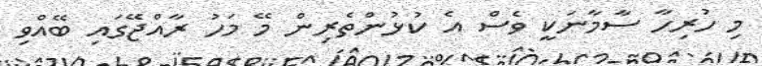
މި ހުރިހާ ސާމާނަކީ ވެސް އެ ކުޅުންތެރިން މޭ މަހު ރާއްޖޭގައި ބޭއްވި